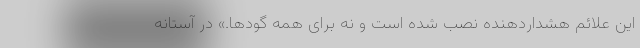
این علائم هشداردهنده نصب شده است و نه برای همه گودها.» در آستانه